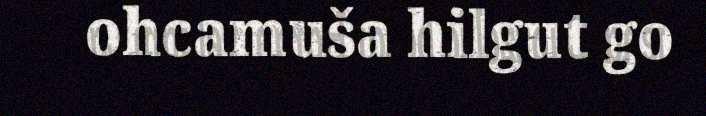
ohcamuša hilgut go